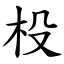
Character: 杸